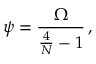
\displaystyle { \psi = \frac { \Omega } { \frac { 4 } { { \cal N } } - 1 } } \, ,